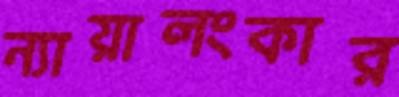
ন্যায়ালংকার